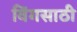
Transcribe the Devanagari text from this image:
विंगसाठी